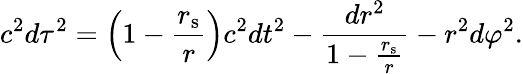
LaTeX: c^{2}d\tau^{2}=\left(1-{\frac{r_{\mathrm{{s}}}}{r}}\right)c^{2}dt^{2}-{\frac{dr^{2}}{1-{\frac{r_{\mathrm{{s}}}}{r}}}}-r^{2}d\varphi^{2}.